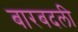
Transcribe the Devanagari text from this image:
बारबदली